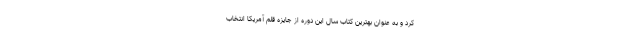
کرد و به عنوان بهترین کتاب سال این دوره از جایزه قلم آمریکا انتخاب